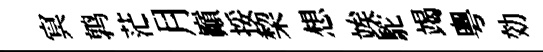
㝠鹑茫月巔挼棃想竢駝竭粵効